NAE_Eesti_seltside_protokollid_1900-1917, lk 76
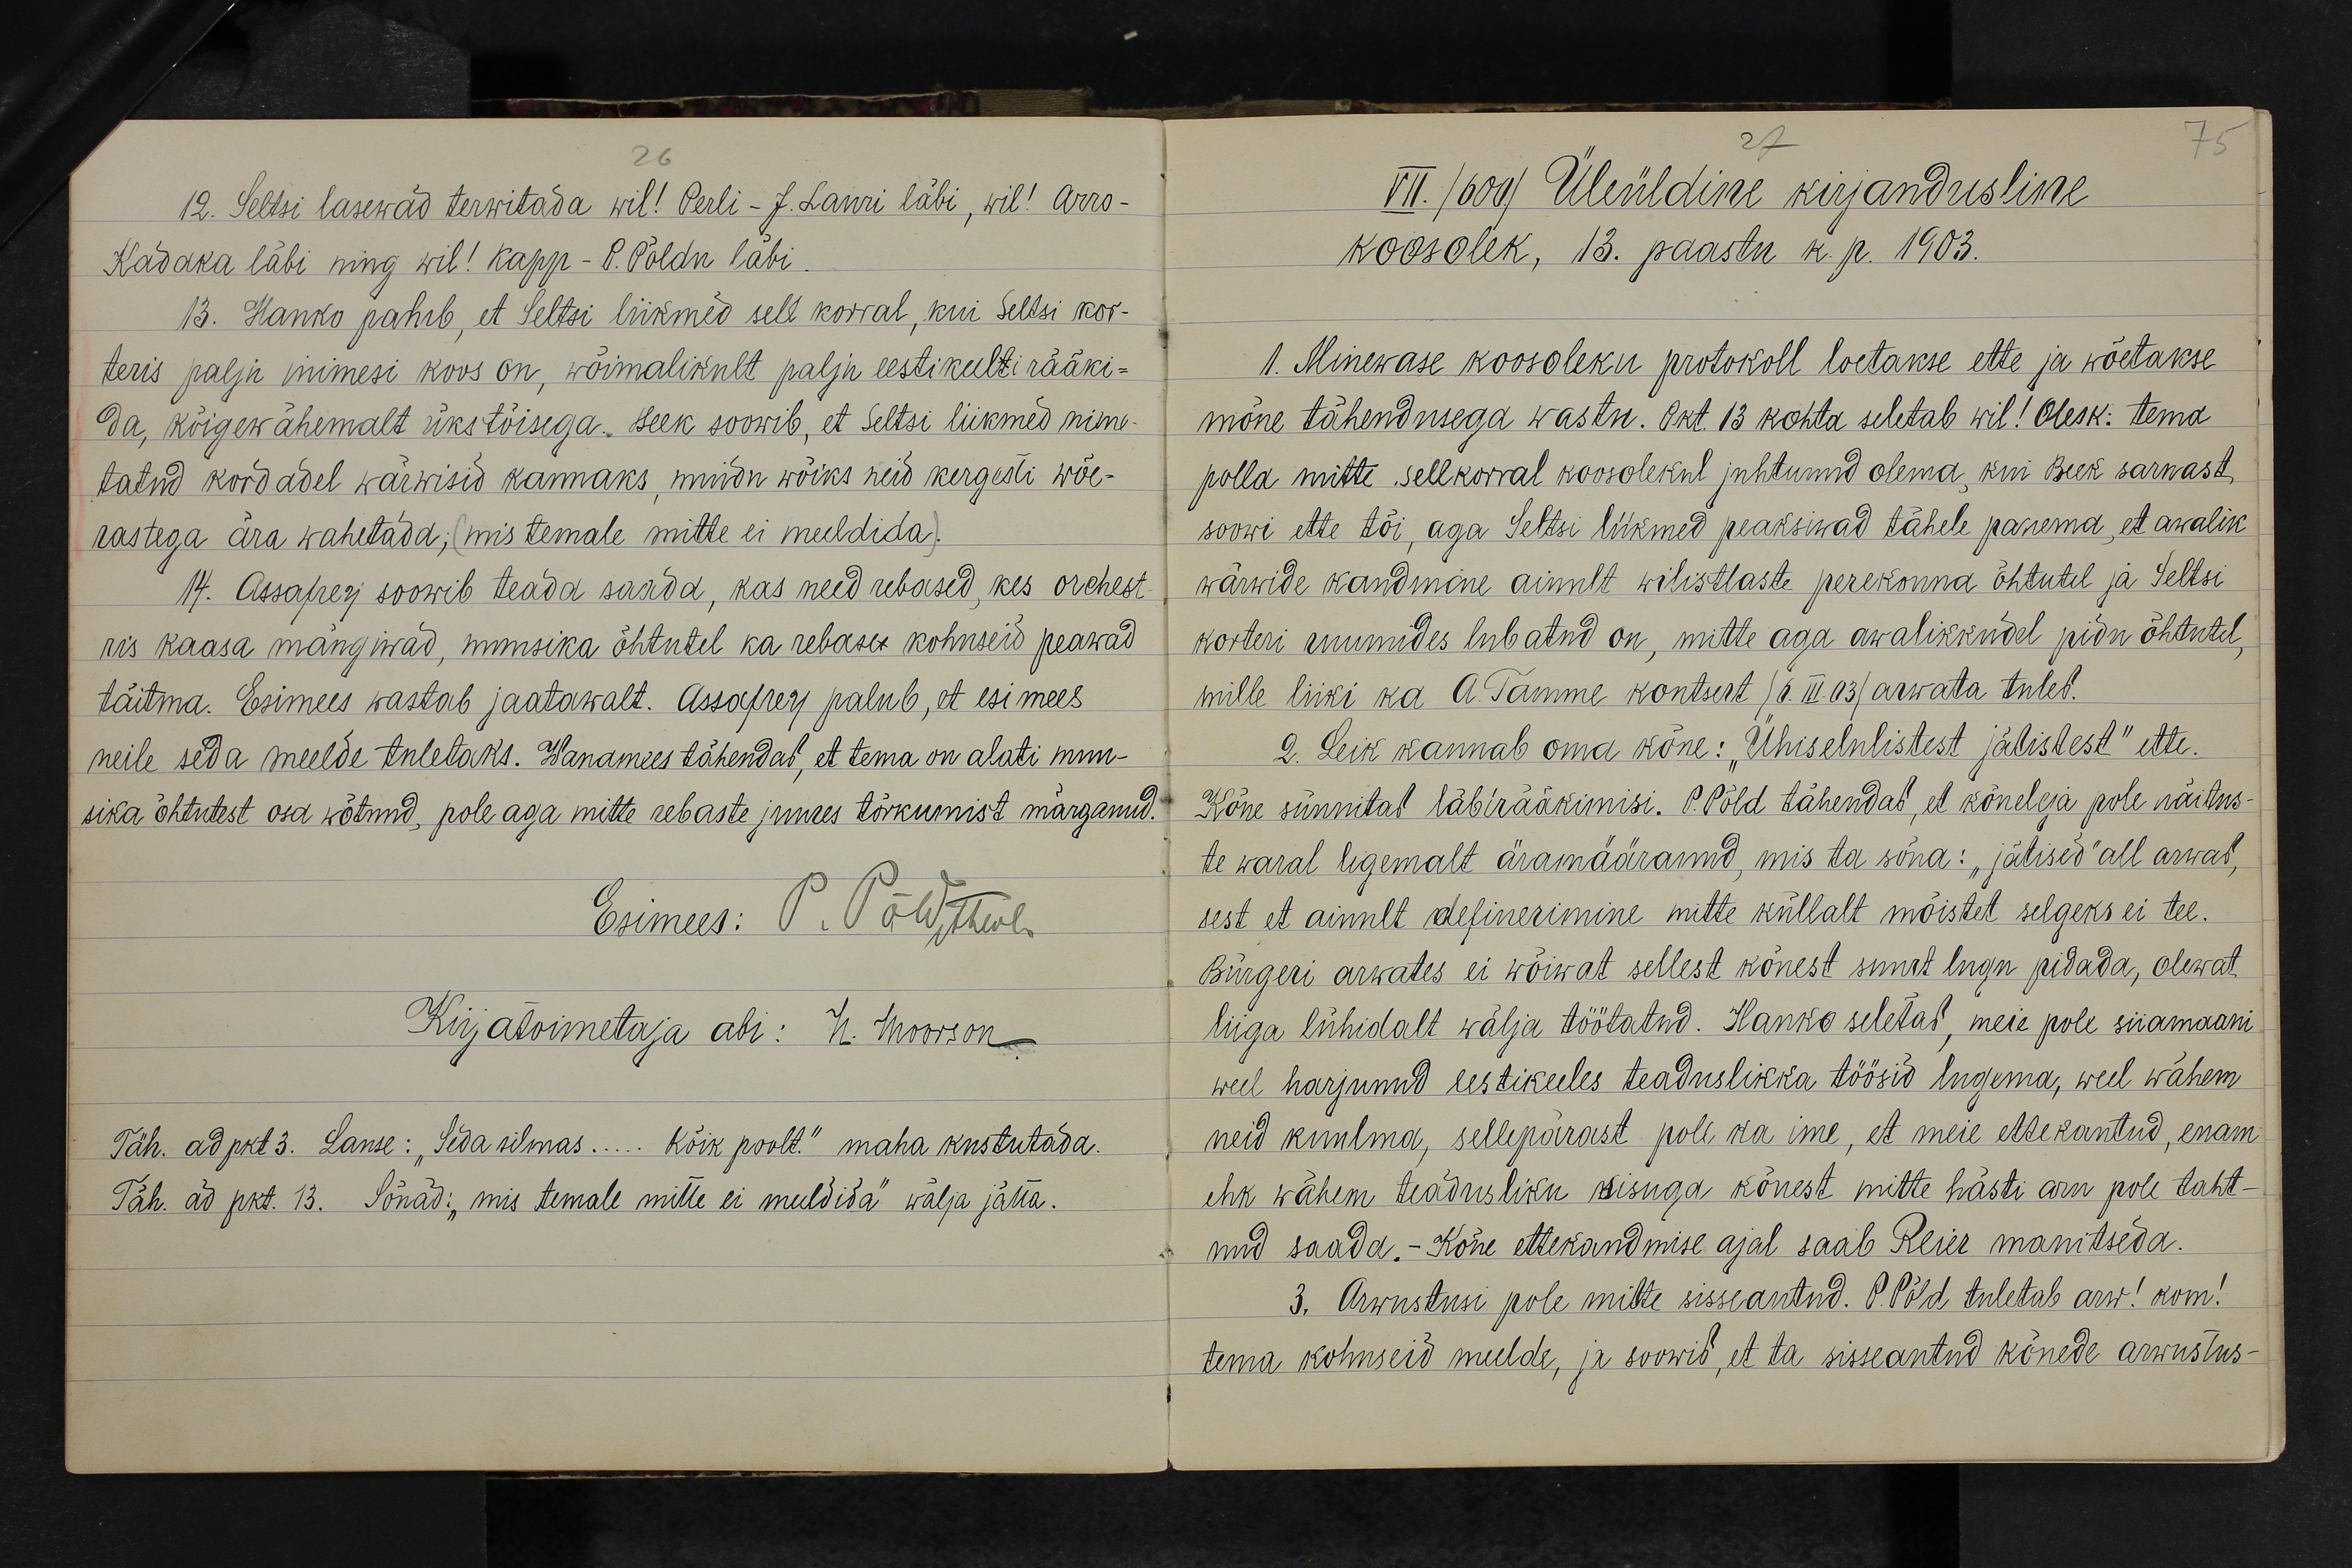
12. Seltsi lasewad terwitada wil! Perli - J. Lauri läbi, wil! Arro -
Kadaka läbi ning wil! Kapp- P. Põldu läbi.
13. Hanko paheb, et Seltsi liikmed sell korral, kui Seltsi kor-
teris palju inimesi koos on, wõimalikult palju eestikeelti rääki-
da, kõigewähemalt ükstõisega. Beek soowib, et Seltsi liikmed nime-
tatud kordadel wärwisid kannaks, muidu wõiks neid kergesti wõe-
rastega ära wahetada, mis temale mitte ei meeldida).
14. Assafrey soowib teada saada, kas need rebased, kes orchest
ris kaasa mängiwad, muusika õhtutel ka rebaser kohuseid peawad
täitma. Esimees wastab jaatawalt. Assafrey palub, et esimees
neile seda meelde tuletaks. Wanamees tähendas, et tema on alati muu-
sika õhtutest osa wõtnud, pole aga mitte rebaste juures tõrkumist märganud.
Täh. ad pkt 3. Lause: "Seda silmas..... Kõik poolt" maha kustutada.
Täh. ad pkt. 13. Sõnad: "mis temale mitte ei meeldida" wälja jätta.

VII. /600/ Üleüldine kirjandusline
koosolek, 13. paastu k. p. 1903.
1. Minewase koosoleku protokoll loetakse ette ja wõetakse
mõne tähendusega wastu. Okt 13 kohta seletab wil! Olesk: tema
polla mitte sellkorral koosolekul juhtunud olema, kui Beek sarnast
soowi ette tõi, aga Seltsi liikmed peaksiwad tähele panema, et awalik
wärwide kandmine ainult wilistlaste perekonna õhtutel ja Seltsi
korteri ruumides lubatud on, mitte aga awalikkudel pidu õhtutel,
mille liiki ka A. Tamme kontsert /6.III.03/ arwata tuleb.
2. Leik kannab oma kõne: "Ühiselulistest jältistest" ette.
Kõne sünnitab läbirääkimisi. P.Põld tähendad, et kõneleja pole näitus-
te waral ligemalt äramääranud, mis ta sõna: "jätised" all arwas,
sest et ainult definerimine mitte küllalt mõistet selgeks ei tee.
Bürgeri arwates ei wõiwat sellest kõnest suurt lugu pidada, olewat
liiga lühidalt wälja töötatud. Hanko seletas, meie pole siiamaani
weel harjunud eestikeeles teaduslikka töösid lugema, weel wähem
neid kuulma, sellepärast pole ka ime, et meie ettekantud, enam
ehk wähem teadusliku sisuga kõnest mitte hästi aru pole taht-
nud saada.- Kõne ettekandmise ajal saab Reier manitseda.
3. Arwustusi pole mitte sisseantud. P. Põld tuletab arw! kom!
tema kohuseid meelde, ja soowid, et ta sisseantud kõnede arwustus-